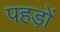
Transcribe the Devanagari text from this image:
पहड़ों